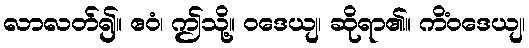
လာလတ်၍။ ဧဝံ၊ ဤသို့။ ဝဒေယျ၊ ဆိုရာ၏။ ကိံဝဒေယျ၊